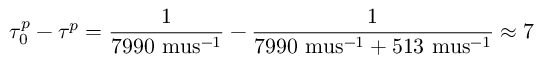
\tau _ { 0 } ^ { p } - \tau ^ { p } = \frac { 1 } { 7 9 9 0 \mathrm { \ m u s } ^ { - 1 } } - \frac { 1 } { 7 9 9 0 \mathrm { \ m u s } ^ { - 1 } + 5 1 3 \mathrm { \ m u s } ^ { - 1 } } \approx 7